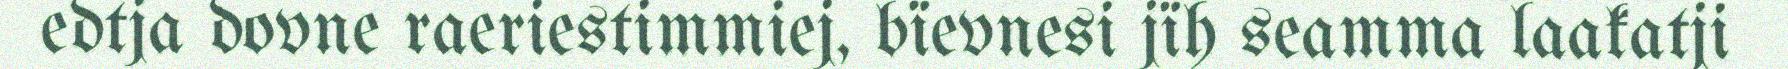
edtja dovne raeriestimmiej, bïevnesi jïh seamma laakatji